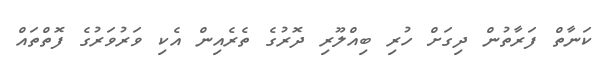
ކަނާތް ފަރާތުން ދިގަށް ހުރި ބިއްލޫރި ދޮރުގެ ތެރެއިން އެކި ވަރުވަރުގެ ފޮތްތައް